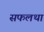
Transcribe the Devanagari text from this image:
सफलथा